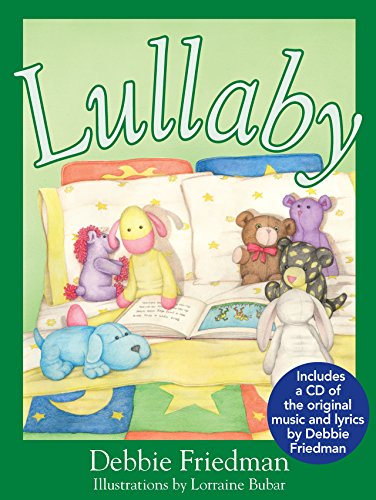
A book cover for Lullaby; Debbie Friedman; Children's Books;